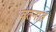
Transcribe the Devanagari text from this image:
वतनात